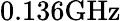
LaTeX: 0.136\mathrm{GHz}